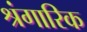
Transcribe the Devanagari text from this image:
श्रंगारिक